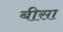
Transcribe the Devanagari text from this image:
बीसा